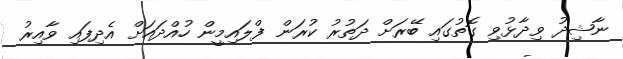
ނާޝިދު ވިދާޅުވި ގޮތުގައި ބޭރަށް ދަތުރު ކުރަން ފްލައިމީން ހުއްދައަށް އެދިފައި ވާއިރު